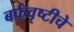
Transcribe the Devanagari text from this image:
बर्फवृष्टीचे